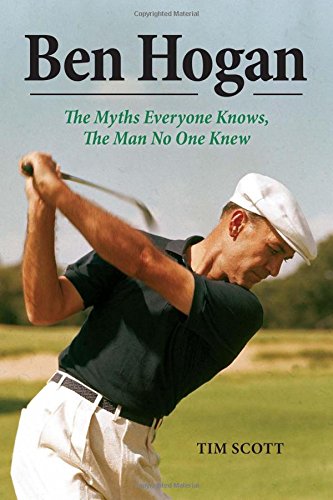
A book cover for Ben Hogan: The Myths Everyone Knows, the Man No One Knew; Tim Scott; Biographies & Memoirs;